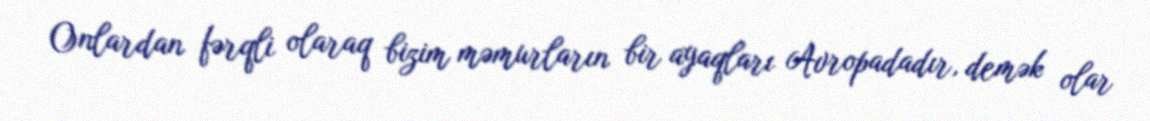
Onlardan fərqli olaraq bizim məmurların bir ayaqları Avropadadır, demək olar